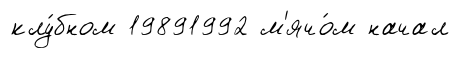
клу́бном 19891992 м'ячо́м начал